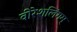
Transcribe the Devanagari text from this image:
वीरेशलिंगम्